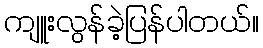
ကျူးလွန်ခဲ့ပြန်ပါတယ်။